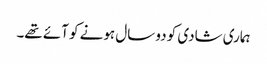
ہماری شادی کو دو سال ہونے کو آئے تھے۔